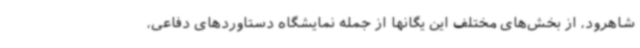
شاهرود، از بخش‌های مختلف این یگانها از جمله نمایشگاه دستاوردهای دفاعی،